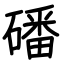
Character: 磻